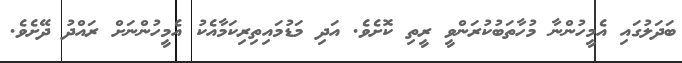
ބަދަލުގައި އެމީހުންނާ މުހާތަބުކުރަންވީ ރީތި ކޮށެވެ. އަދި މަޑުމައިތިރިކަމާއެކު އެމީހުންނަށް ރައްދު ދޭށެވެ.